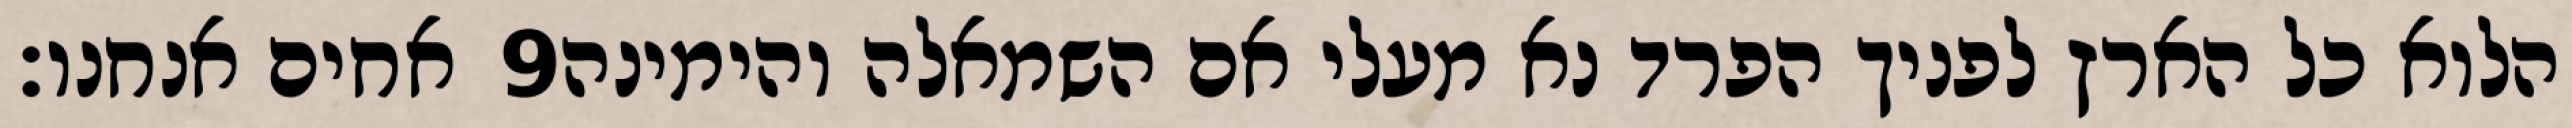
אחים אנחנו׃ ‎9‏ הלוא כל הארץ לפניך הפרד נא מעלי אם השמאלה והימינה